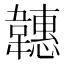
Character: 韢